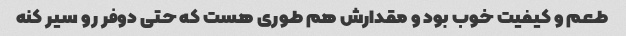
طعم و کیفیت خوب بود و مقدارش هم طوری هست که حتی دوفر رو سیر کنه